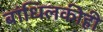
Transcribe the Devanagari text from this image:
बांधिलकीही